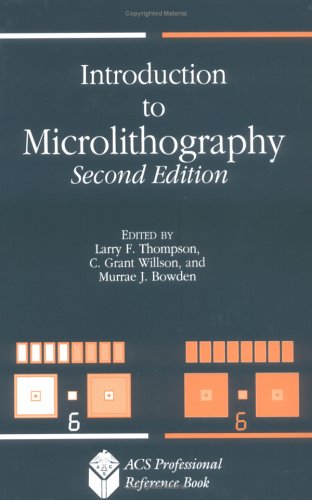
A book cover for Introduction to Microlithography (ACS Professional Reference Book); Science & Math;